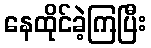
နေထိုင်ခဲ့ကြပြီး